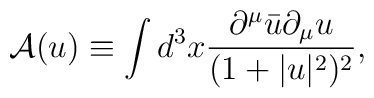
\mbox{$\cal{A}$}(u) \equiv \int d^3 x \frac{\partial^{\mu}\bar{u}\partial_{\mu}u}                             {(1+|u|^2)^2},